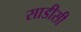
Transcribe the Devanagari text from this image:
साडीसी